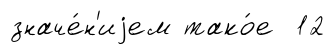
значе́н'иjем тако́е 12